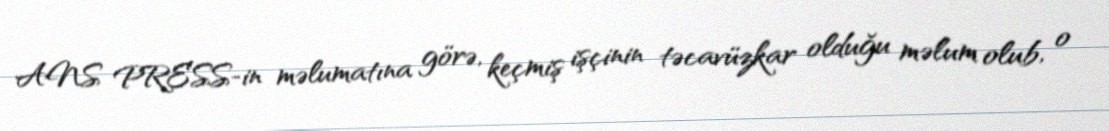
ANS PRESS-in məlumatına görə, keçmiş işçinin təcavüzkar olduğu məlum olub, o